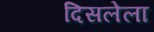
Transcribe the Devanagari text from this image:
दिसलेला